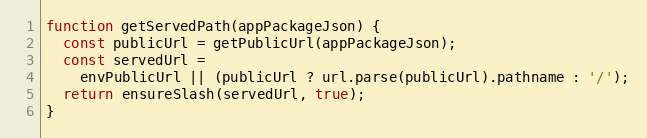
Language: JavaScript
function getServedPath(appPackageJson) {
  const publicUrl = getPublicUrl(appPackageJson);
  const servedUrl =
    envPublicUrl || (publicUrl ? url.parse(publicUrl).pathname : '/');
  return ensureSlash(servedUrl, true);
}